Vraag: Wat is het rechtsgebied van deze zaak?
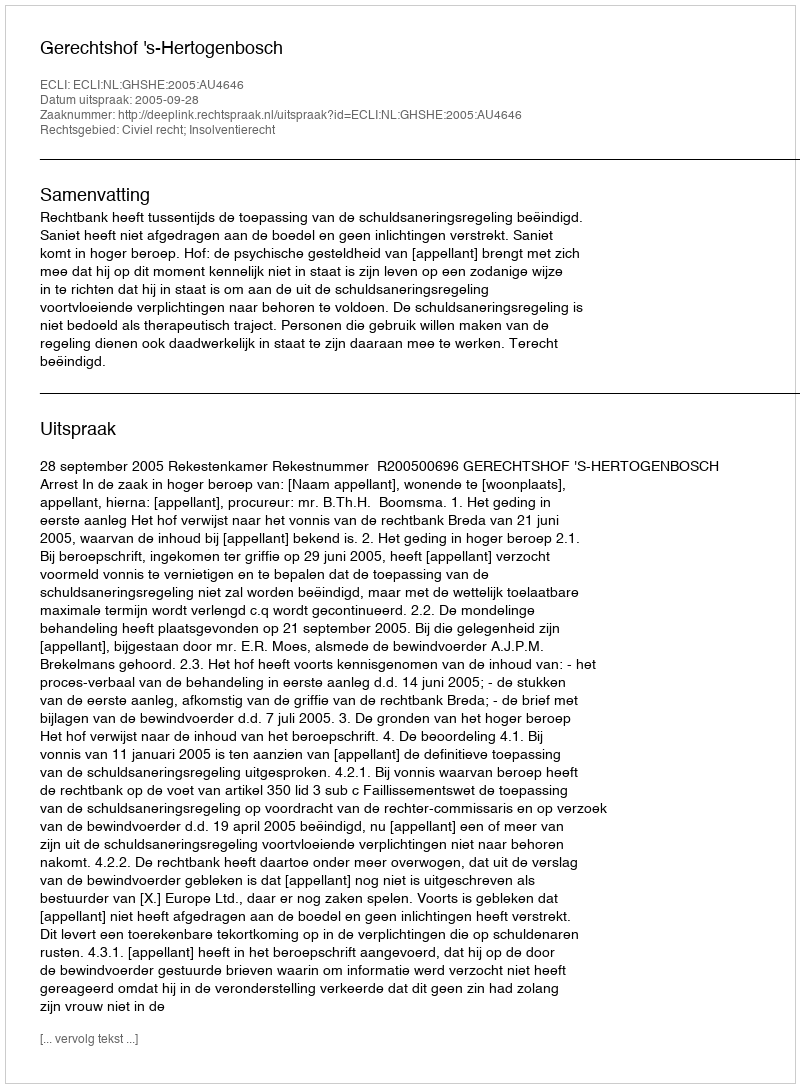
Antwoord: Civiel recht; Insolventierecht